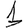
Digit: 1